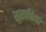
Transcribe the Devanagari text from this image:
सुखविहार